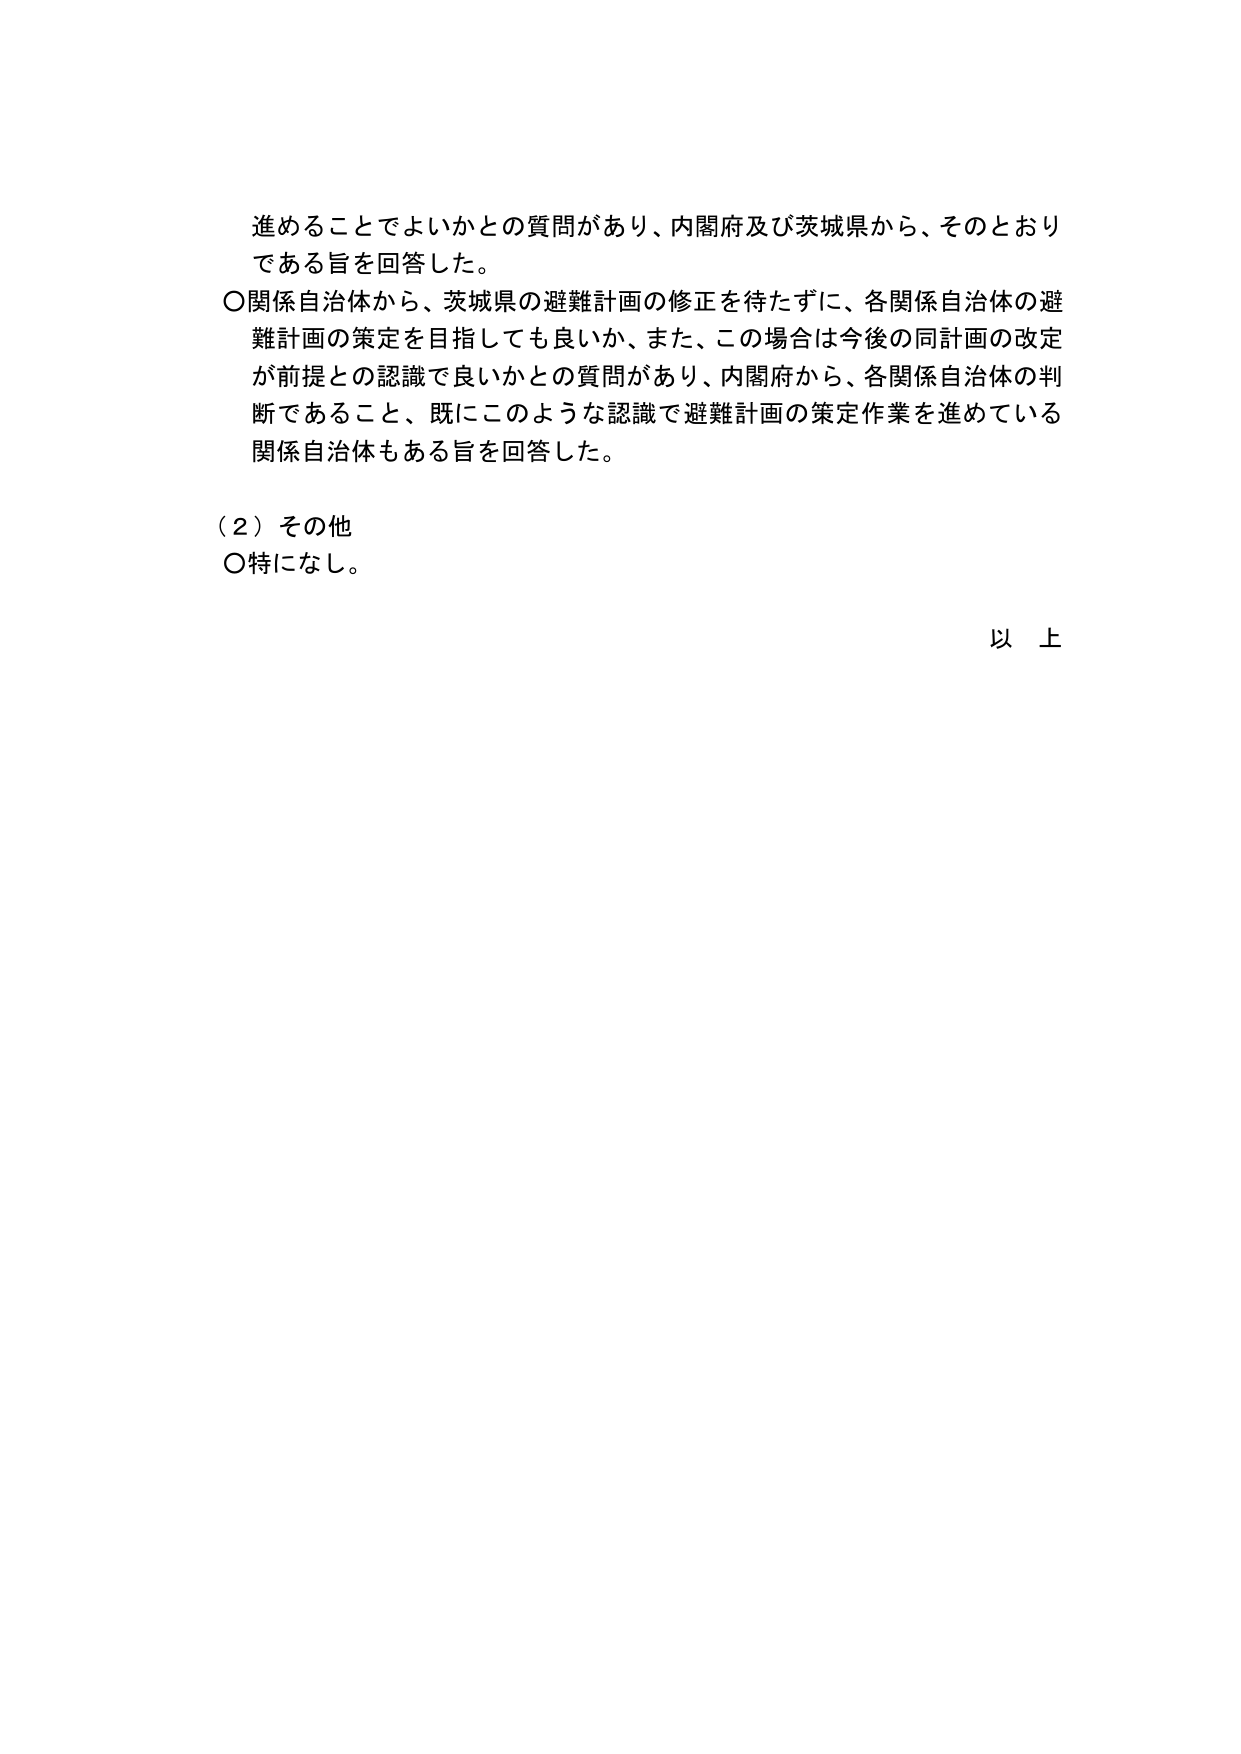
進めることでよいかとの質問があり、内閣府及び茨城県から、そのとおりである旨を回答した。

〇関係自治体から、茨城県の避難計画の修正を待たずに、各関係自治体の避難計画の策定を目指しても良いか、また、この場合は今後の同計画の改定が前提との認識で良いかとの質問があり、内閣府から、各関係自治体の判断であること、既にこのような認識で避難計画の策定作業を進めている関係自治体もある旨を回答した。

（２）その他
〇特になし。

以上